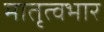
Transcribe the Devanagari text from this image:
मातृत्वभार